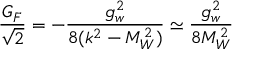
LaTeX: \frac { G _ { F } } { \sqrt { 2 } } = - \frac { g _ { w } ^ { 2 } } { 8 ( k ^ { 2 } - M _ { W } ^ { 2 } ) } \simeq \frac { g _ { w } ^ { 2 } } { 8 M _ { W } ^ { 2 } }